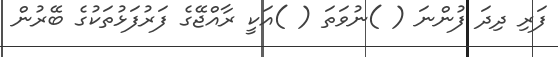
ފަރި ދިދަ ފުންނަ ( )ނުވަތަ ( )އަކީ ރާއްޖޭގެ ފަރުފަޅުތަކުގެ ބޭރުން